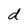
Character: d